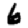
Digit: 6